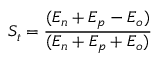
S _ { t } = \frac { ( E _ { n } + E _ { p } - E _ { o } ) } { ( E _ { n } + E _ { p } + E _ { o } ) }